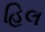
હિલ